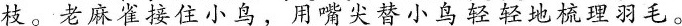
枝。老麻雀接住小鸟，用嘴尖替小鸟轻轻地梳理羽毛